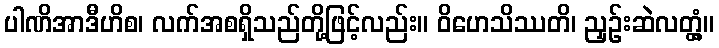
ပါဏိအာဒီဟိစ၊ လက်အစရှိသည်တို့ဖြင့်လည်း။ ဝိဟေသိဿတိ၊ ညှဉ်းဆဲလတ္တံ့။